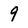
Character: 9